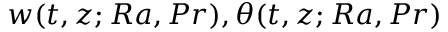
w ( t , z ; R a , P r ) , \theta ( t , z ; R a , P r )